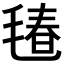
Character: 𱥢